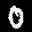
Label: 0